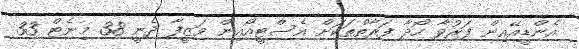
އެންޑީއޭއިން ފަރުވާ ހޯދާ ފަރާތްތަކަށް އެސްޓީއޯއިން ވަޒީފާ ދެނީ 38 މިނެޓް 33